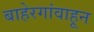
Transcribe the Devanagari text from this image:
बाहेरगांवाहून